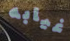
غيابه